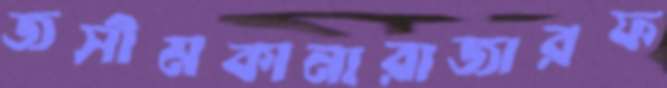
জসীমকানারাজারফ